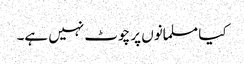
کیا مسلمانوں پر چوٹ نہیں ہے۔